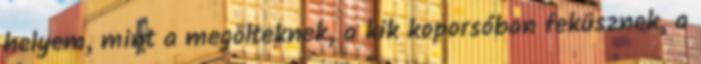
helyem, mint a megölteknek, a kik koporsóban feküsznek, a